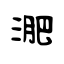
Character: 淝